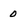
Character: 0